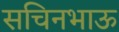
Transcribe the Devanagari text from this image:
सचिनभाऊ